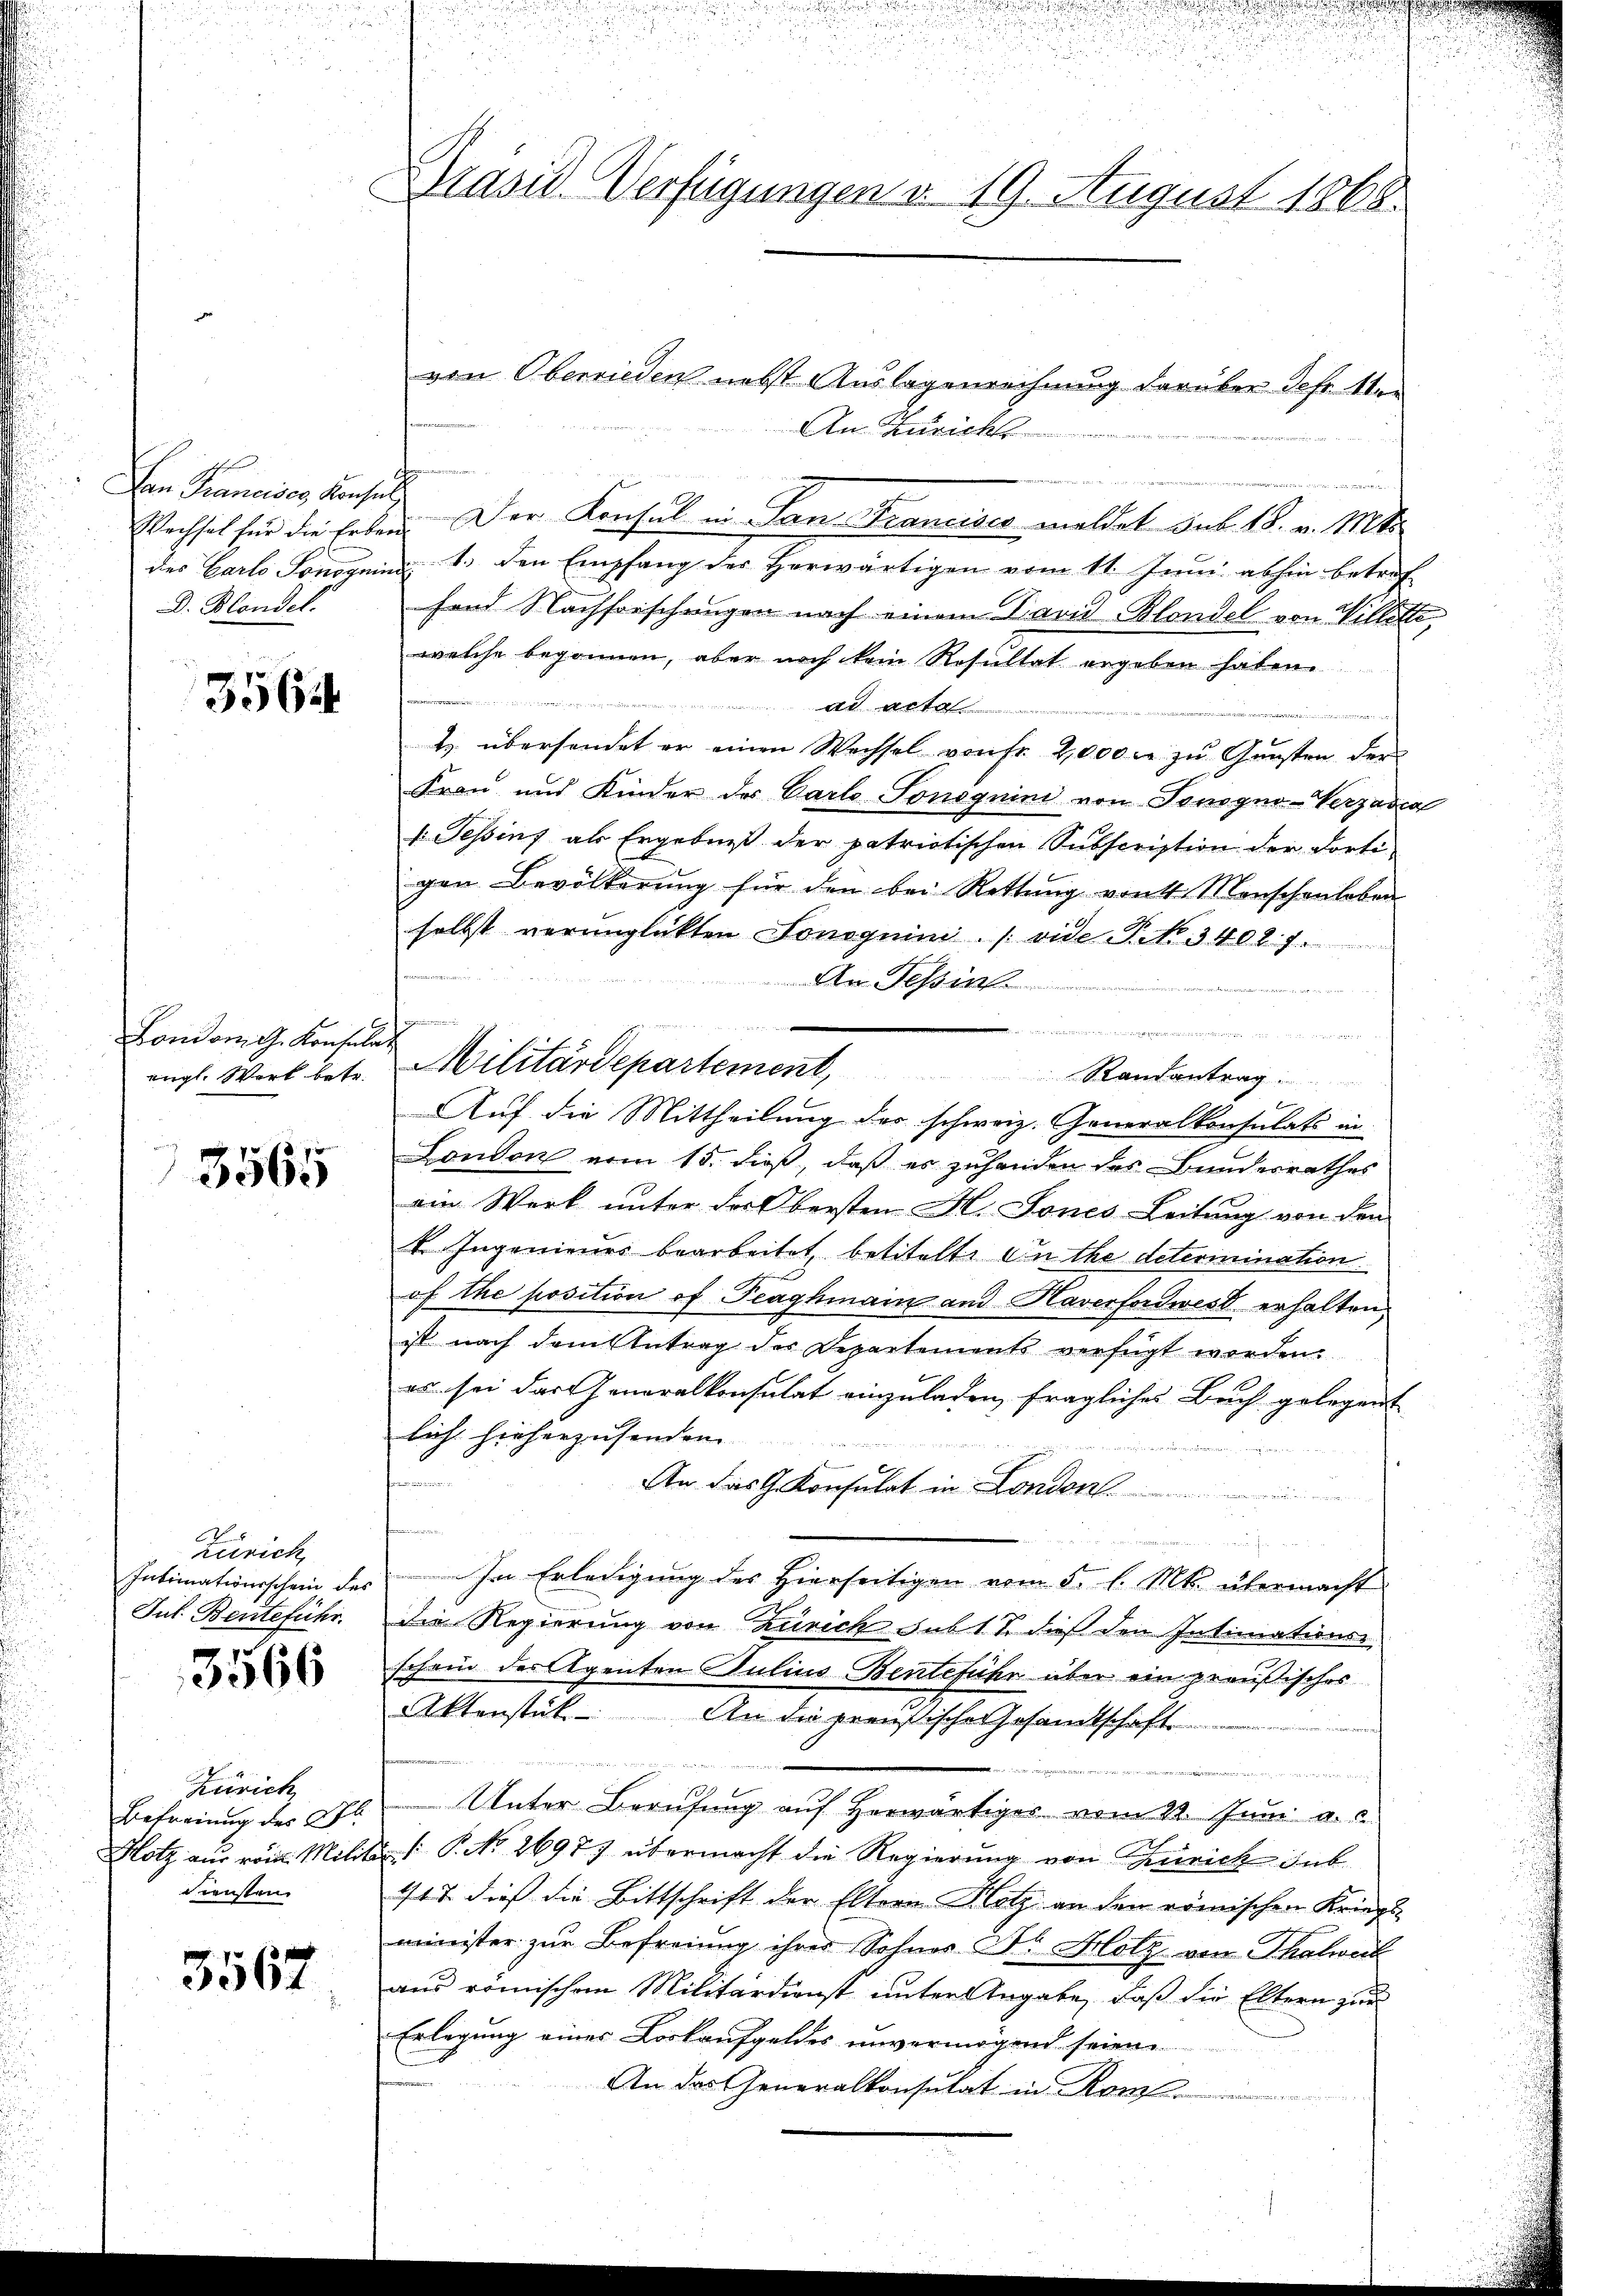
Dan Francisos Konsul
D. Blondel.

3564

London G. Konsula
engl. Wort betr.

3565

Zürich,
Intimationsschein des
Jut. Benteführ

3566

Zürich
Befreiung des Gl
Hotz aus röm. Milidiensten.

3567

Brasid. Verfügungen v. 19. August 1868.

von Oberrieden nebst Auslagenrechnung darüber der Ver
An Züricht
.

Wechsel für die Erben. Der Konsul in San Francisco meldet sub 18. v. Mts.
des Carlo Sonoguin 1. den Empfang der herwärtigen vom 11. Jŭni abhin betref
hend Nachforschungen nach einem David Blondel von Willette,
welche begonnen, aber noch kein Resultat ergeben haben.
ad acta

t. übersendet er einen Wechsel von Fr. 2,000 zu Gunsten der
Frau und Kinder des Parlo Tonoguin von Tonogno-Verzadia
: Tessin, als Ergebniß der patriotischen Subscription der dorti-
gen Bevölkerŭng für den bei Rettŭng von Menschenhaben
selbst verunglückten Sonoguin (vide P. No. 3402. 7.
An Tessin

Auf die Mittheilung des schweiz. Generalkonsulats in
London vom 15. dieß, daß es zuhanden des Bundesrathes
ein Werk unter der Obersten H. Jones Leitung von den
V Ingenieurs bearbeitet, betitelt. Guthe determination
of the position of Peaghmain and Haverfordwest erhalten,
ist nach dem Antrag des Departements verfügt worden.
es sei das Generalkonsulat einzuladen, fragliches Buch gelegent
licht hieherzusenden.
eine
frommen
An das Gekonsulat in London.
n
e
e
Im Erledigung des Hierseitigen vom 5. l. Mts. übermacht
die Regierung von Zürich sub 1 S. dieß den Intimations-
schein des Agenten Julius Bentefuhr über ein preußisches
Aktenstück. An die preußische Gesamtschafte
  d   eben
Unter Berufung auf herwärtiges vom 22. Juni a.c.
 P. No 2697) übermacht die Regierung von Zürich sub
t & dies die Bittschrift der Eltern Notz an den römischen Kriegs-
minister zur Befreiung ihrer Sohnes Fr. Holz von Thalweil
aus römischen Militärdienst unter Angabe, daß die Eltern zur
Erlegung eines Loskaufgeldes unvermögend seien.
An das Generalkonsulat in Rom

Militärdepartement, Randantrag.